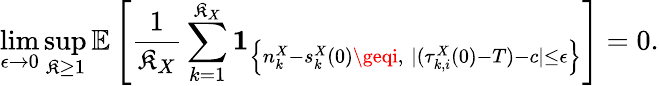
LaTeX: \operatorname*{lim}_{\epsilon\to0}\operatorname*{sup}_{\mathfrak{K}\geq1}\mathbb{{E}}\left[\frac{{1}}{{\mathfrak{K}_{X}}}\sum_{k=1}^{\mathfrak{K}_{X}}\mathbf{{1}}_{\left\{ n_{k}^{X}-s_{k}^{X}(0)\geqi,\; |(\tau_{k,i}^{X}(0)-T)-c|\leq\epsilon\right\} }\right]=0.